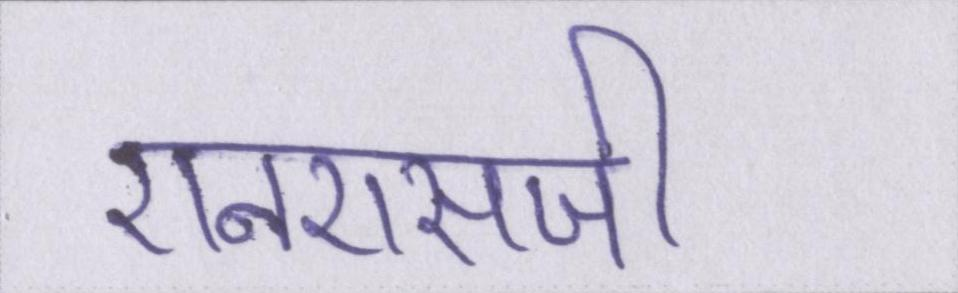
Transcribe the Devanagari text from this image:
एनएसजी